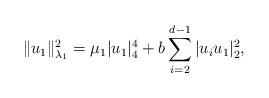
LaTeX: \begin{align*} \|u_{1}\|_{\lambda_{1}}^2= \mu_{1}|u_{1}|_4^4+b\sum_{i=2}^{d-1}|u_{i}u_{1}|_2^2,\end{align*}